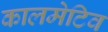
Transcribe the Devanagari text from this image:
कालमेटिव